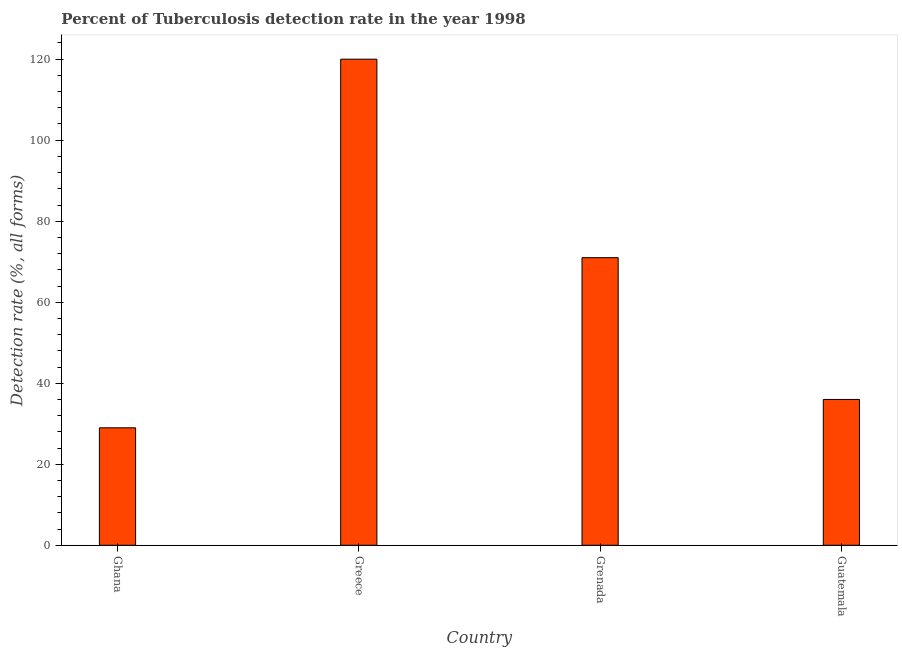
| Country | Tuberculosis case detection rate |
 | --- | --- |
 | Ghana | 29 |
 | Greece | 120 |
 | Grenada | 71 |
 | Guatemala | 36 |